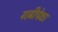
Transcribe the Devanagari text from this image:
गढीपेक्षा